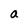
Character: a